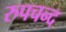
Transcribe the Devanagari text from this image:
रुपचन्द